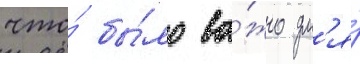
что́ бы́ло ва́жно дл'я́